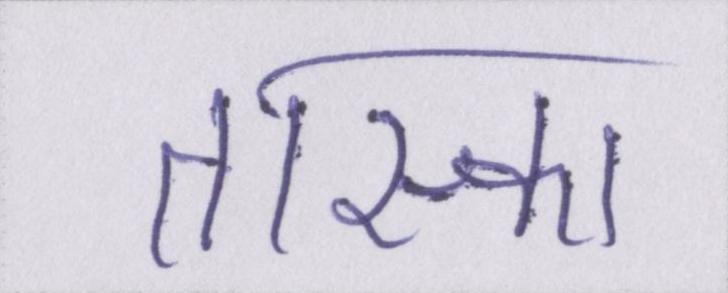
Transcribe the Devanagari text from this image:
तास्का